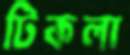
টিকলা